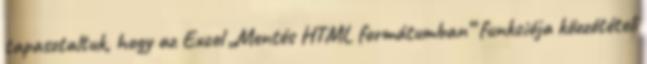
tapasztaltuk, hogy az Excel „Mentés HTML formátumban” funkciója közzétételi